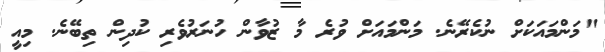
"މަންމައަކަށް ނުކެރޭނެ. މަންމައަށް ވުރެ މާ ޒުވާން ހުނަރުވެރި ކުދިން ތިބޭނެ. މިއީ